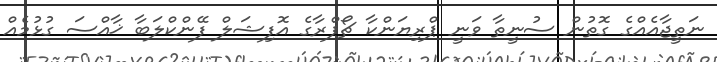
ނަތީޖާއެއްގެ ގޮތުން ސުނީތާ ވަނީ ޕްރިޔަންކާ ޗޯޕްރާގެ އޮފިޝަލް ފޭންކްލަބާ ޚާއްސަ ގުޅުމެއް